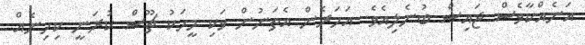
އަނެއްކާވެސް ޖައިޝް ބުނެލިއެވެ. އަހަރެން އެތަނުން ވަކި މީހަކު ޗޫސް ކުރަނީ ކިހިނެއް